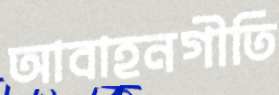
আবাহনগীতি